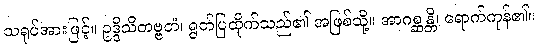
သရုပ်အားဖြင့်။ ဥဒ္ဒိသိတဗ္ဗတံ၊ ရွတ်ပြထိုက်သည်၏ အဖြစ်သို့။ အာဂစ္ဆန္တိ၊ ရောက်ကုန်၏။